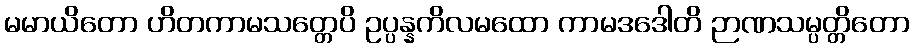
မမာယိတော ဟိတကာမသတ္တေပိ ဥပ္ပန္နကိလမထော ကာမဒဒေါတိ ဉာဏသမ္ပတ္တိတော